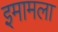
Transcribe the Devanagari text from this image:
इमामला